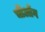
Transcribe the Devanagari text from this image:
चीओंग